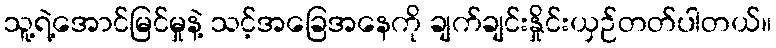
သူ့ရဲ့အောင်မြင်မှုနဲ့ သင့်အခြေအနေကို ချက်ချင်းနှိုင်းယှဉ်တတ်ပါတယ်။